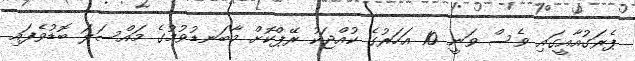
ޕެރަގުއާއީގައި ވެސް ވަނީ 10 އަހަރުގެ ކުއްޖަކު ރޭޕްކޮށް މާބަނޑުވުމުގެ މައްސަލަ ބޮޑުވެފައި